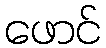
ဖောင်